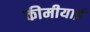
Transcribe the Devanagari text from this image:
कीमीयाई